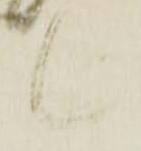
候